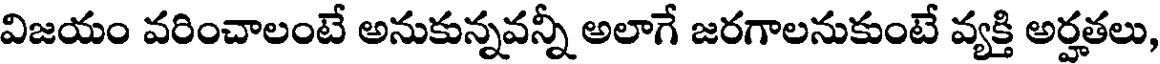
విజయం వరించాలంటే అనుకున్నవన్నీ అలాగే జరగాలనుకుంటే వ్యక్తి అర్హతలు,